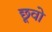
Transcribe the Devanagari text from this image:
छूवो